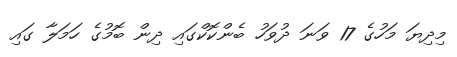
މިދިޔަ މަހުގެ 17 ވަނަ ދުވަހު ބެންކޮކްގައި ދިން ބޮމުގެ ހަމަލާ ގައި